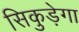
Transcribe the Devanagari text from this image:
सिकुड़ेगा